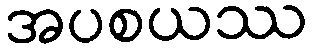
အပစယဿ